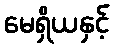
မေရှိယနှင့်